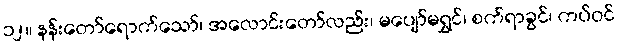
၁၂။ နန်းတော်ရောက်သော်၊ အလောင်းတော်လည်း၊ မပျော်မရွှင်၊ စက်ရာခွင်၊ ကပ်ဝင်